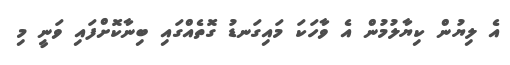
އެ ލިޔުން ކިޔާލުމުން އެ ވާހަކަ މައިގަނޑު ގޮތެއްގައި ބިނާކޮށްފައި ވަނީ މި